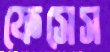
ফেসেস